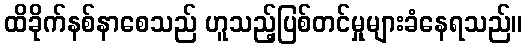
ထိခိုက်နစ်နာစေသည် ဟူသည့်ပြစ်တင်မှုများခံနေရသည်။